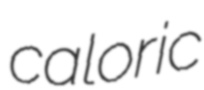
caloric